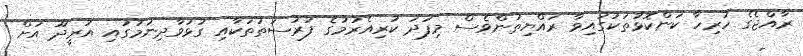
ރާއްޖެގެ ހުރިހާ ކަންކޮޅުތަކުގައިވާ ރައްޔިތުންވެސް މިފަދަ ކުރިއެރުމުގެ ފުރުސަތުތަކާއި ގުޅުވާދިނުމުގައި އުރީދޫ އަށް